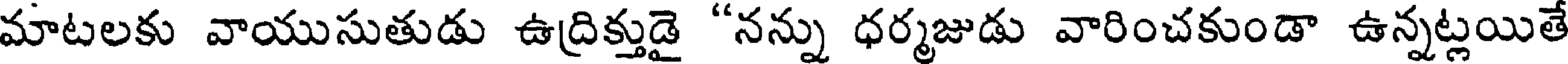
మాటలకు వాయుసుతుడు ఉదిక్తుడై "నన్ను ధర్మజుడు వారించకుండా ఉన్నట్లయితే